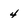
Character: 4